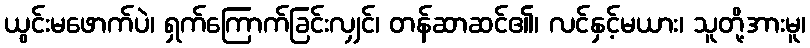
ယွင်းမဖောက်ပဲ၊ ရှက်ကြောက်ခြင်းလျှင်၊ တန်ဆာဆင်၏၊ လင်နှင့်မယား၊ သူတို့အားမူ၊